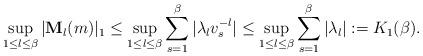
LaTeX: \begin{align*}\sup_{1\leq l\leq \beta}|{\bf M}_l(m)|_1&\leq \sup_{1\leq l\leq \beta}\sum_{s=1}^\beta|\lambda_lv_s^{-l}|\leq \sup_{1\leq l\leq \beta}\sum_{s=1}^\beta|\lambda_l|:=K_1(\beta).\end{align*}